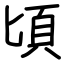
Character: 頃